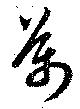
萬